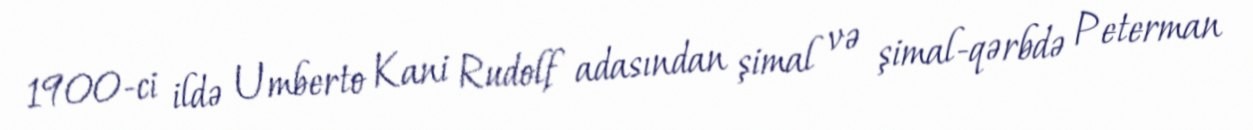
1900-ci ildə Umberto Kani Rudolf adasından şimal və şimal-qərbdə Peterman